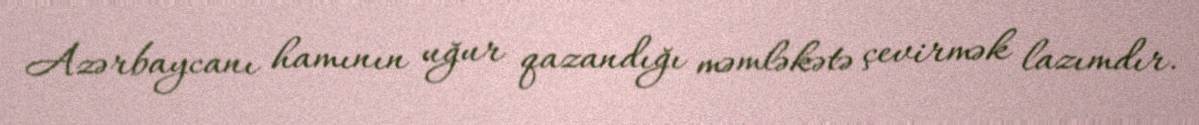
Azərbaycanı hamının uğur qazandığı məmləkətə çevirmək lazımdır.